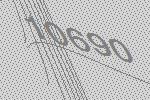
10690